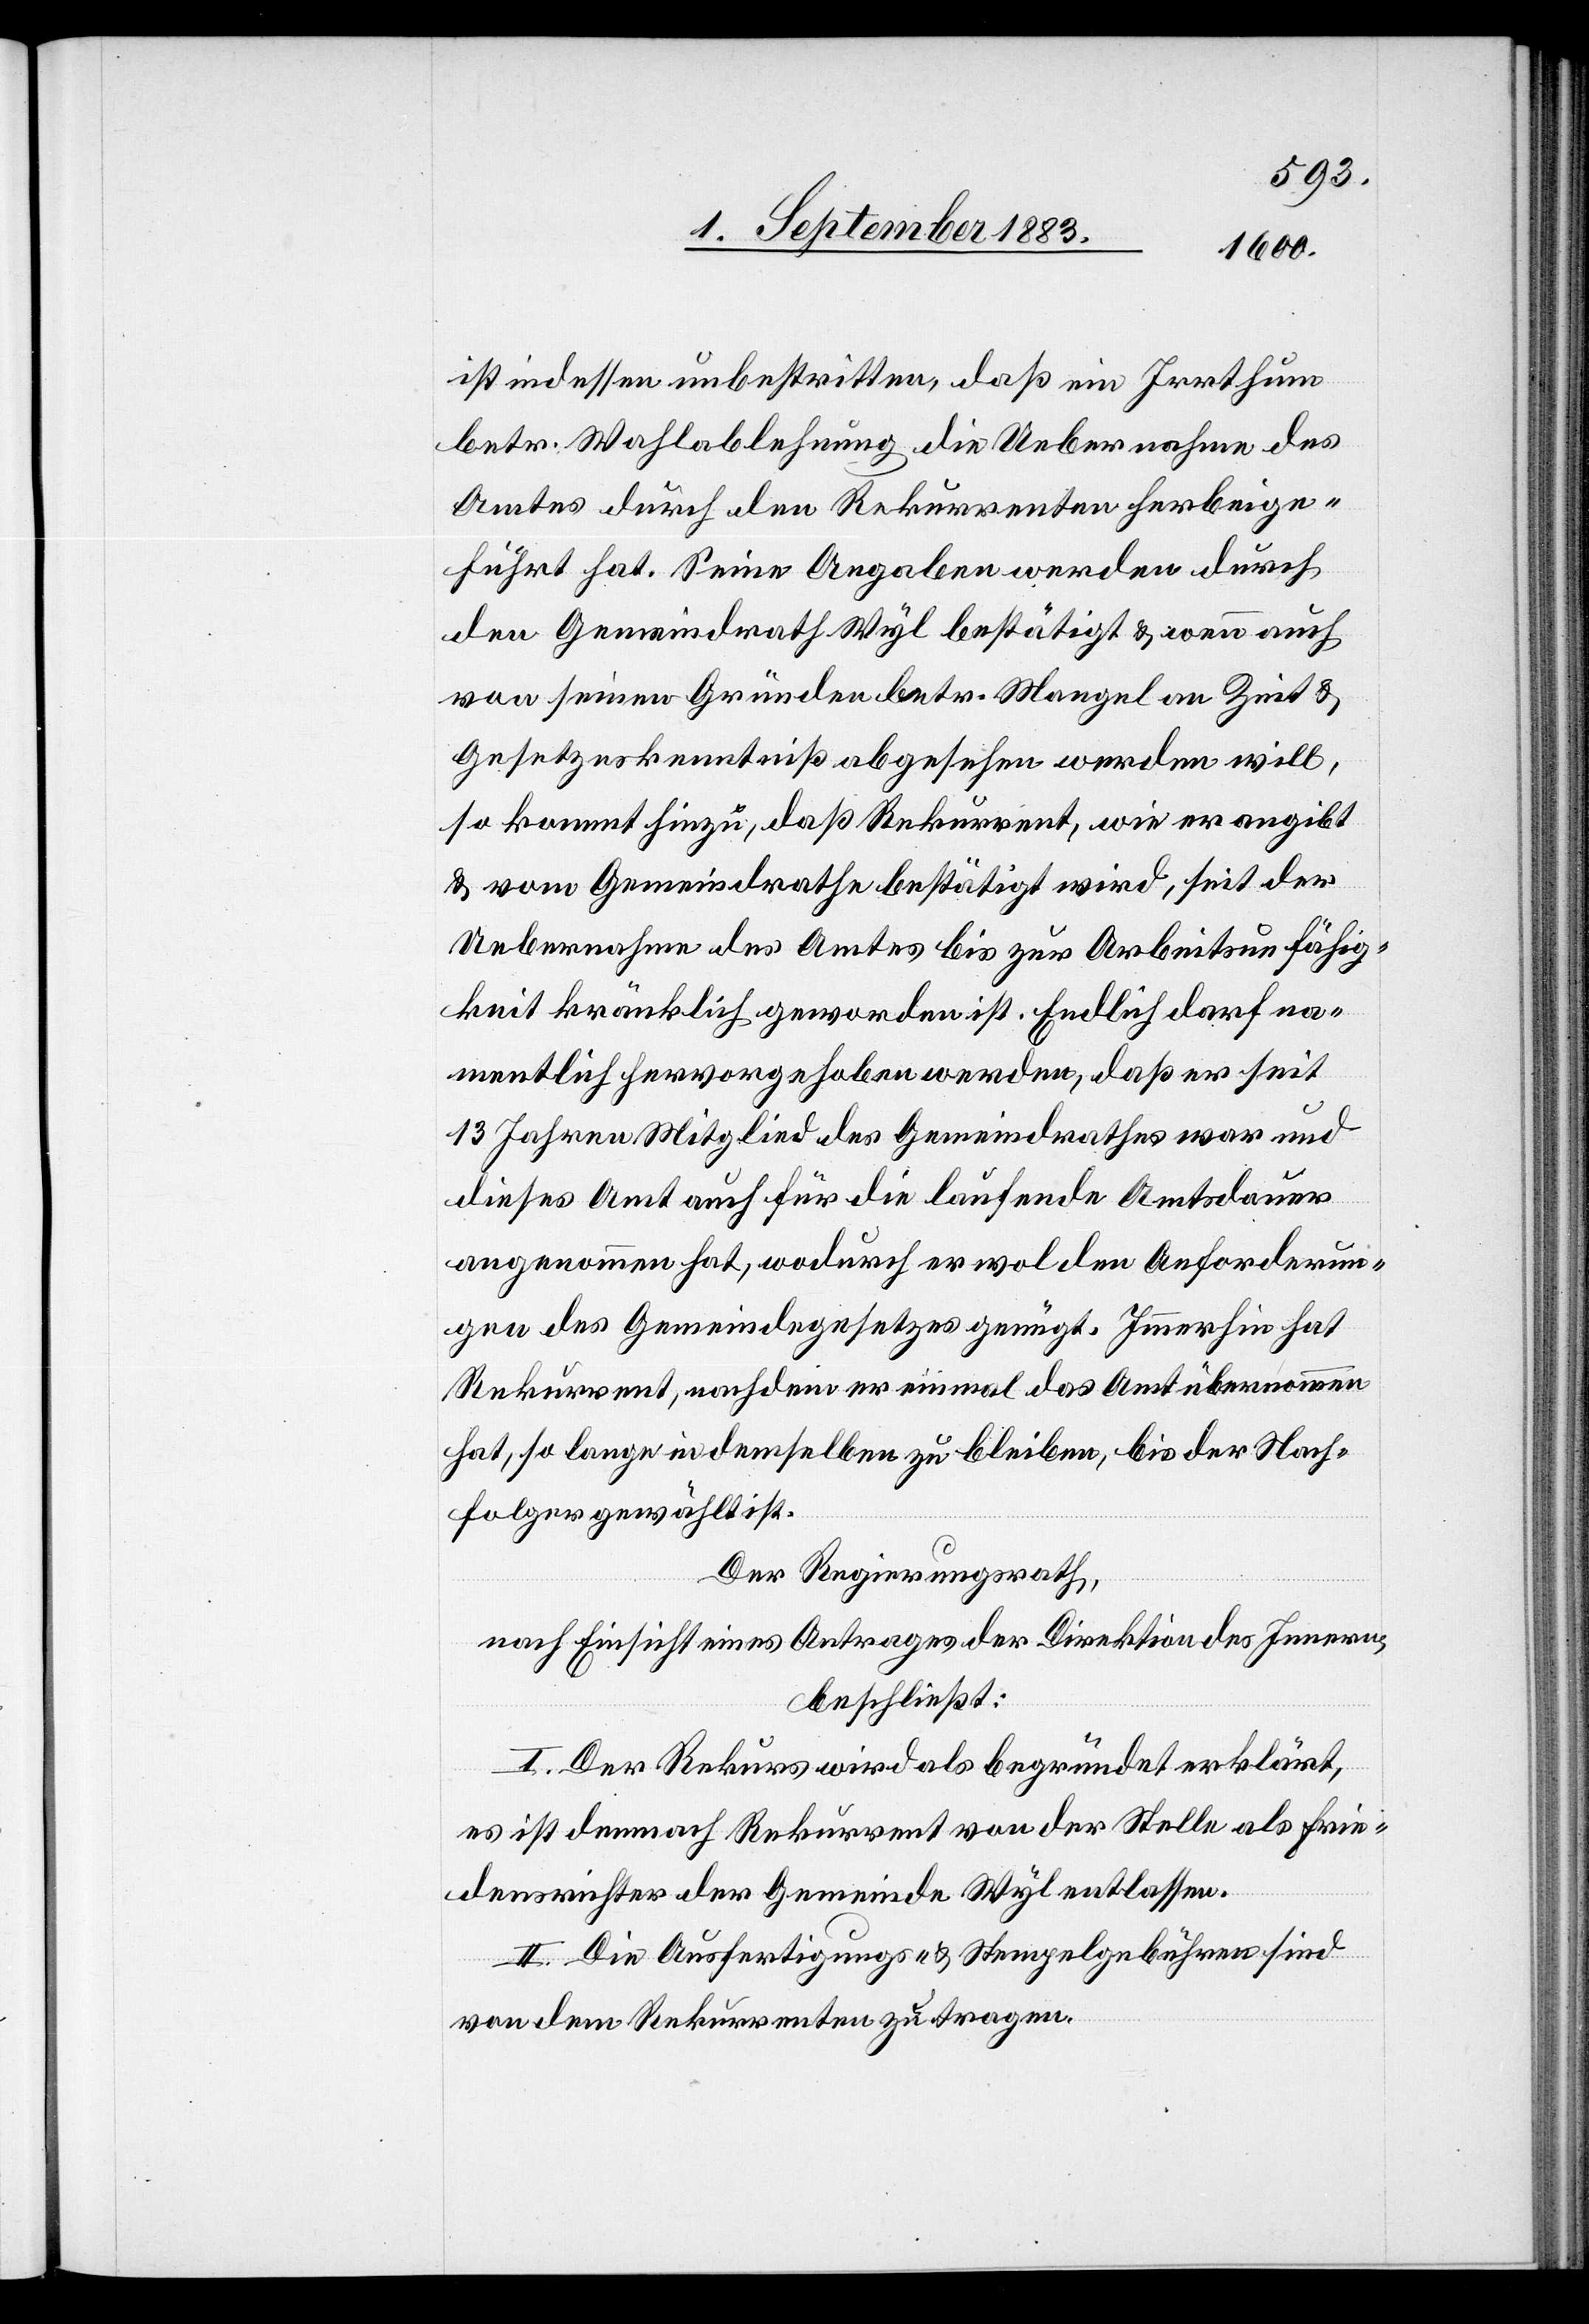
ist indessen unbestritten, daß ein Irrthum
betr. Wahlablehnung die Uebernahme des
Amtes durch den Rekurrenten herbeige¬
führt hat. Seine Angaben werden durch
den Gemeindrath Wyl bestätigt & wenn auch
von seinen Gründen betr. Mangel an Zeit &
Gesetzeskenntniß abgesehen werden will,
so kommt hinzu, daß Rekurrent, wie er angibt
& vom Gemeindrathe bestätigt wird, seit der
Uebernahme des Amtes bis zur Arbeitsunfähig¬
keit kränklich geworden ist. Endlich darf na¬
mentlich hervorgehoben werden, daß er seit
13 Jahren Mitglied des Gemeindrathes war und
diese Amt auch für die laufende Amtsdauer
angenommen hat, wodurch er wol den Anforderun¬
gen des Gemeindegesetzes genügt. Immerhin hat
Rekurrent, nachdem er einmal das Amt übernommen
hat, so lange in demselben zu bleiben, bis der Nach¬
folger gewählt ist.
Der Regierungsrath,
nach Einsicht eines Antrages der Direktion des Innern,
beschließt:
I. Der Rekurs wird als begründet erklärt,
es ist demnach Rekurrent von der Stelle als Frie¬
densrichter der Gemeinde Wyl zu entlassen.
II. Die Ausfertigungs- & Stempelgebühren sind
von dem Rekurrenten zu tragen.